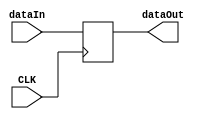
`timescale 1ns / 1ps
//////////////////////////////////////////////////////////////////////////////////
// Company: 
// Engineer: 
// 
// Design Name: 
// Module Name: memory_data_resister
// Project Name: 
// Target Devices: 
// Tool Versions: 
// Description: 
// 
// Dependencies: 
// 
// Revision:
// Revision 0.01 - File Created
// Additional Comments:
// 
//////////////////////////////////////////////////////////////////////////////////


module mdr(
    input CLK,
    input [31:0] dataIn,
    output reg [31:0] dataOut
);


always @(posedge CLK)
    dataOut <= dataIn;
endmodule